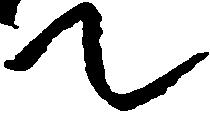
て